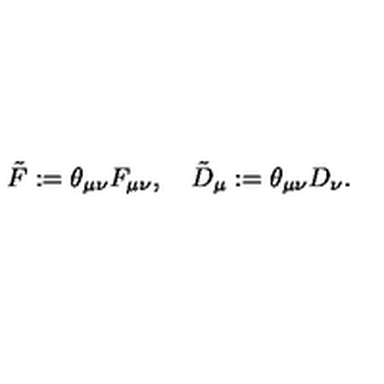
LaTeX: \tilde { F } : = \theta _ { \mu \nu } F _ { \mu \nu } , \quad \tilde { D } _ { \mu } : = \theta _ { \mu \nu } D _ { \nu } .